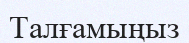
Талғамыңыз